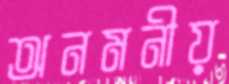
অনমনীয়